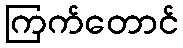
ကြက်တောင်